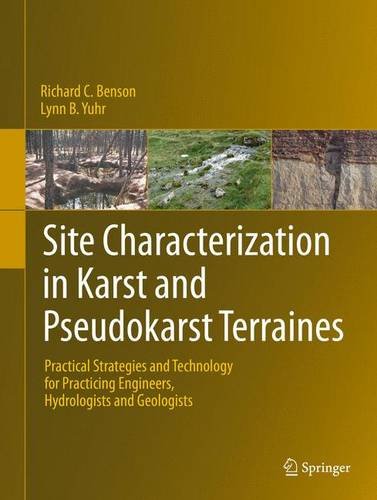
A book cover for Site Characterization in Karst and Pseudokarst Terraines: Practical Strategies and Technology for Practicing Engineers, Hydrologists and Geologists; Richard C. Benson; Science & Math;